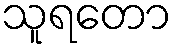
သူရတော